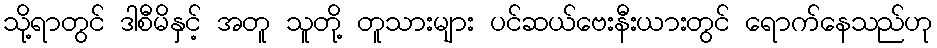
သို့ရာတွင် ဒါစီမိနှင့် အတူ သူတို့ တူသားများ ပင်ဆယ်ဗေးနီးယားတွင် ရောက်နေသည်ဟု